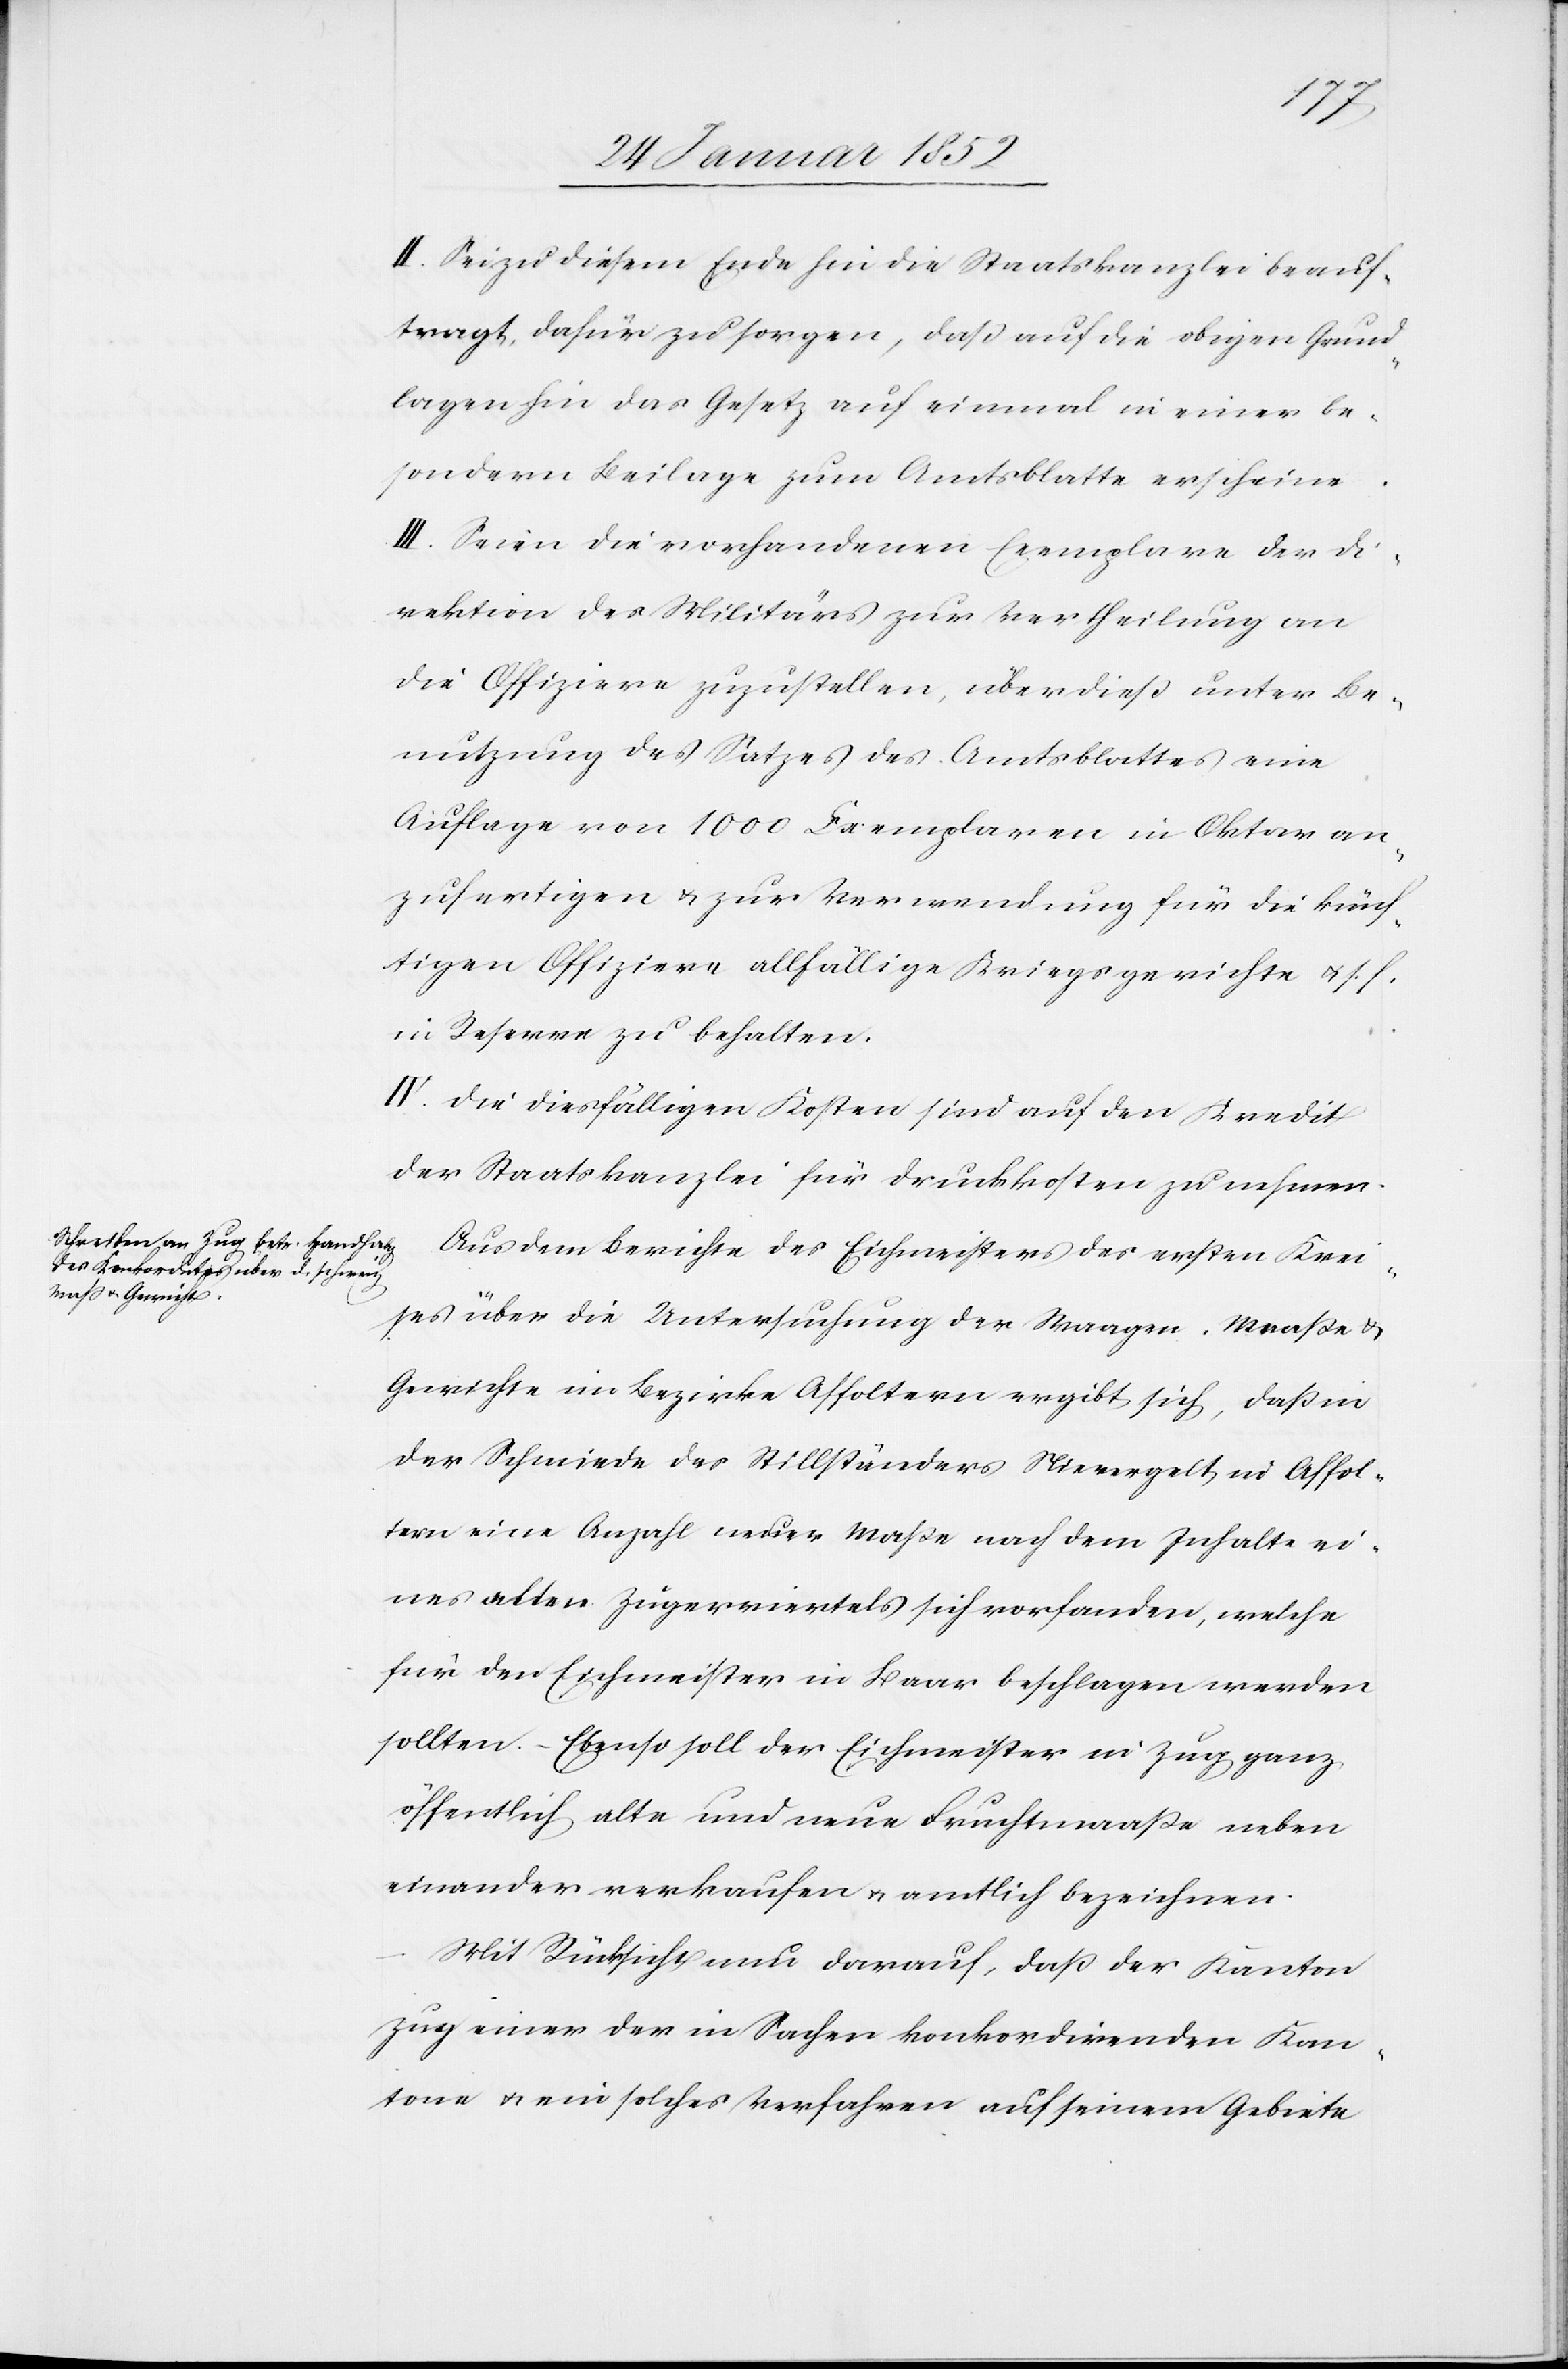
II. Sei zu diesem Ende hin die Staatskanzlei beauf¬
tragt, dafür zu sorgen, daß auf die obigen Grund¬
lagen hin das Gesetz auf einmal in einer be¬
sondern Beilage zum Amtsblatte erscheine.
III. Seien die vorhandenen Exemplare der Di¬
rektion des Militärs zur Vertheilung an
die Offiziere zuzustellen, überdieß unter Be¬
nutzung des Satzes des Amtsblattes eine
Auflage von 1000 Exemplaren in Oktar an¬
zufertigen u. zur Verwendung für die künf¬
tigen Offiziere allfällige Kriegsgerichte u. s. f.
in Reserve zu behalten.
IV. Die dießfälligen Kosten sind auf den Kredit
der Staatskanzlei für Druckkosten zu nehmen.
Aus dem Berichte des Eichmeisters des ersten Krei¬
ses über die Untersuchung der Waagen, Maaße u.
Gewichte im Bezirke Affoltern ergibt sich, daß in
der Schmiede des Stillständers Nievergelt in Affol¬
tern eine Anzahl neuer Maße nach dem Inhalte ei¬
nes alten Zugerviertels sich vorfanden, welche
für den Eichmeister in Baar beschlagen werden
sollten. – Ebenso soll der Eichmeister in Zug ganz
öffentlich alte und neue Fruchtmaaße neben
einander verkaufen u. amtlich bezeichnen.
Mit Rücksicht auch darauf, daß der Kanton
Zug einer der in Sachen konkordirenden Kan¬
tone u. ein solches Verfahren auf seinem Gebiete